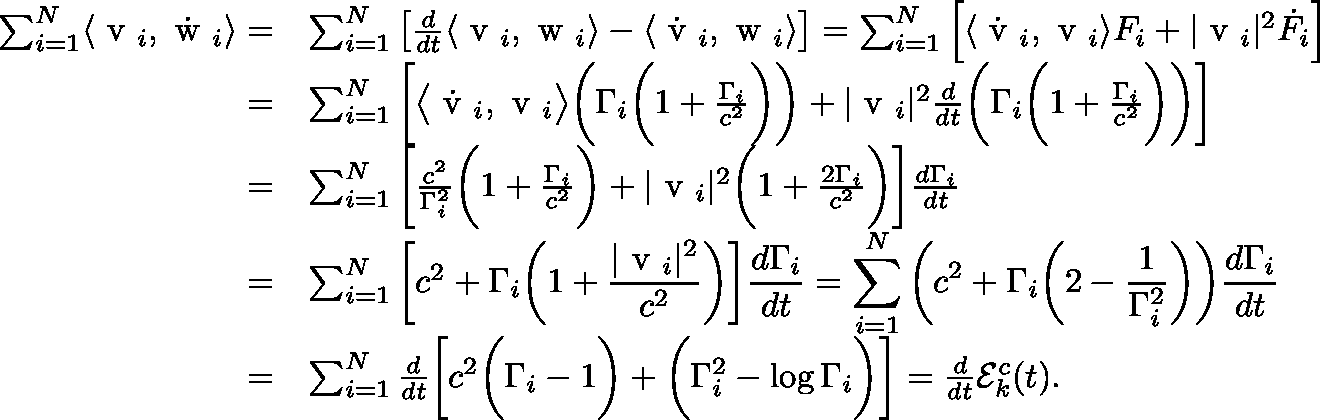
\begin{array} { r } { \begin{array} { r l } { \sum _ { i = 1 } ^ { N } \langle \mathrm { \boldmath ~ v ~ } _ { i } , \dot { \mathrm { \boldmath ~ w ~ } } _ { i } \rangle = } & { \sum _ { i = 1 } ^ { N } \left[ \frac { d } { d t } \langle \mathrm { \boldmath ~ v ~ } _ { i } , \mathrm { \boldmath ~ w ~ } _ { i } \rangle - \langle \dot { \mathrm { \boldmath ~ v ~ } } _ { i } , \mathrm { \boldmath ~ w ~ } _ { i } \rangle \right] = \sum _ { i = 1 } ^ { N } \left[ \langle \dot { \mathrm { \boldmath ~ v ~ } } _ { i } , \mathrm { \boldmath ~ v ~ } _ { i } \rangle F _ { i } + | \mathrm { \boldmath ~ v ~ } _ { i } | ^ { 2 } \dot { F } _ { i } \right] } \\ { = } & { \sum _ { i = 1 } ^ { N } \left[ \big \langle \dot { \mathrm { \boldmath ~ v ~ } } _ { i } , \mathrm { \boldmath ~ v ~ } _ { i } \big \rangle \bigg ( \Gamma _ { i } \bigg ( 1 + \frac { \Gamma _ { i } } { c ^ { 2 } } \bigg ) \bigg ) + | \mathrm { \boldmath ~ v ~ } _ { i } | ^ { 2 } \frac { d } { d t } \bigg ( \Gamma _ { i } \bigg ( 1 + \frac { \Gamma _ { i } } { c ^ { 2 } } \bigg ) \bigg ) \right] } \\ { = } & { \sum _ { i = 1 } ^ { N } \bigg [ \frac { c ^ { 2 } } { \Gamma _ { i } ^ { 2 } } \bigg ( 1 + \frac { \Gamma _ { i } } { c ^ { 2 } } \bigg ) + | \mathrm { \boldmath ~ v ~ } _ { i } | ^ { 2 } \bigg ( 1 + \frac { 2 \Gamma _ { i } } { c ^ { 2 } } \bigg ) \bigg ] \frac { d \Gamma _ { i } } { d t } } \\ { = } & { \sum _ { i = 1 } ^ { N } \bigg [ c ^ { 2 } + \Gamma _ { i } \bigg ( 1 + \displaystyle \frac { | \mathrm { \boldmath ~ v ~ } _ { i } | ^ { 2 } } { c ^ { 2 } } \bigg ) \bigg ] \frac { d \Gamma _ { i } } { d t } = \sum _ { i = 1 } ^ { N } \bigg ( c ^ { 2 } + \Gamma _ { i } \bigg ( 2 - \frac { 1 } { \Gamma _ { i } ^ { 2 } } \bigg ) \bigg ) \frac { d \Gamma _ { i } } { d t } } \\ { = } & { \sum _ { i = 1 } ^ { N } \frac { d } { d t } \bigg [ c ^ { 2 } \bigg ( \Gamma _ { i } - 1 \bigg ) + \bigg ( \Gamma _ { i } ^ { 2 } - \log { \Gamma _ { i } } \bigg ) \bigg ] = \frac { d } { d t } \mathcal { E } _ { k } ^ { c } ( t ) . } \end{array} } \end{array}